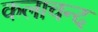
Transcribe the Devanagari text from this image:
कलाचन्द